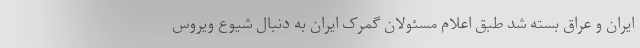
ایران و عراق بسته شد طبق اعلام مسئولان گمرک ایران به دنبال شیوع ویروس